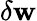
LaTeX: \delta\mathbf{w}